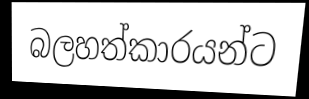
බලහත්කාරයන්ට